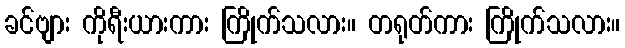
ခင်ဗျား ကိုရီးယားကား ကြိုက်သလား။ တရုတ်ကား ကြိုက်သလား။